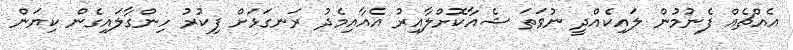
އެއްޗެއް ފެނުމުން ލައިކެއްދީ ނުވަތަ ޝެއާކޮށްލާއިރު އެއާއިމެދު ރަނގަޅަށް ފިކުރު ހިންގާލައިގެން ކިޔަން